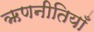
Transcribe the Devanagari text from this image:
ऋणनीतियाँ